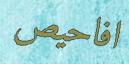
افاحيص